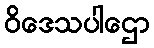
ဝိဒေသပါဌော